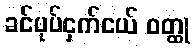
ခင်ပုပ်ငှက်ငယ် ဝတ္ထု